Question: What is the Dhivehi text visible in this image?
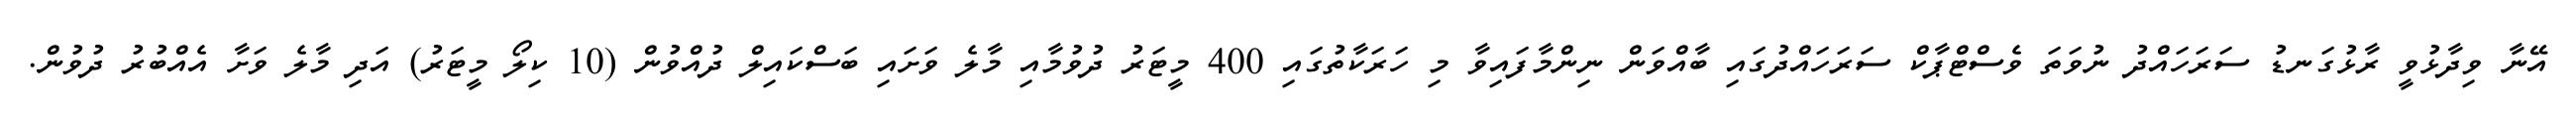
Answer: އޭނާ ވިދާޅުވީ ރާޅުގަނޑު ސަރަހައްދު ނުވަތަ ވެސްޓްޕާކް ސަރަހައްދުގައި ބާއްވަން ނިންމާފައިވާ މި ހަރަކާތުގައި 400 މީޓަރު ދުވުމާއި މާލެ ވަށައި ބަސްކައިލް ދުއްވުން (10 ކިލޯ މީޓަރު) އަދި މާލެ ވަށާ އެއްބުރު ދުވުން.